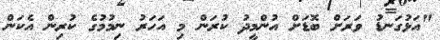
"އަޅުގަނޑު ވަރަށް ބޮޑަށް އުންމީދު ކުރަން މި އަހަރު ނިމުމުގެ ކުރިން އެކަން